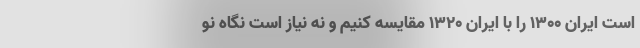
است ایران 1300 را با ایران 1320 مقایسه کنیم و نه نیاز است نگاه نو